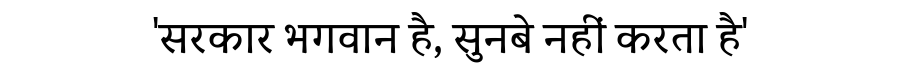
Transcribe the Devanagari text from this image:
'सरकार भगवान है, सुनबे नहीं करता है'